system: You are a helpful assistant.
user:
Analyze the provided spectrum to determine if it is a **S-type Star**.

- **Key Indicators for S-type Star:**

    - **(Overall Spectrum Shape):** The first and most obvious characteristic is the overall continuum (the "baseline" shape). It is **extremely "red-sloping,"** meaning the flux (light intensity) is very low on the left side (blue, ~4000-4500 Å) and rises steeply and continuously toward the right side (red, ~7000 Å+).

    - **(Primary):** The spectrum is defined by the presence of strong, broad molecular absorption "valleys" (bands) from **Zirconium Oxide (ZrO)**. The identification of these bands is the **primary requirement** for classifying a star as S-type.
        - **(Key Bandheads):** You must find distinct, deep "dips" where the light has been absorbed. The most critical band systems to locate are:
            - **~6474 Å** ($\gamma$-system): This is often the strongest and clearest ZrO feature, found in the red part of the spectrum.
            - **~5718 Å** & **~5551 Å** ($\beta$-system): A pair of prominent absorption features in the yellow-orange part of the spectrum.
            - **~4640 Å** ($\alpha$-system): A key absorption band system in the blue-green region of the spectrum.

    - **(Secondary Confirmation):** The classification is strengthened by finding additional absorption bands from other related heavy element oxides, which are expected to be present alongside ZrO.
        - **(Key Bandheads):**
            - **Yttrium Oxide (YO):** Look for absorption dips near **~4800 Å** and **~6100 Å**.
            - **Lanthanum Oxide (LaO):** Additional absorption features, particularly in the red-orange part of the spectrum, are also characteristic.

    - **(Line Profile):** The combination of the steep red continuum and these numerous, deep molecular bands (ZrO, YO, etc.) gives the entire spectrum a very **"chopped-up"** or **"bumpy"** appearance. Instead of a smooth curve, the spectrum looks as though large, wide chunks of light have been "carved out" of it at the specific wavelengths listed above.

Think first, call **spectral_visualization_tool** if needed to examine features in detail, then provide your final answer. Your response must adhere to the following strict rules:
1.  **Overall Structure:** Your response must follow the format `<think>...</think> <tool_call>...</tool_call> (if a tool is used) <answer>...</answer>`.
2.  **Tool Usage Constraint:** You may only make **one** tool call per turn.
3.  **Final Answer Format:** In the `<answer>` tag, your conclusion must be inside a `\boxed{}` command (e.g., `\boxed{YES}` or `\boxed{NO}`), followed by your justification.

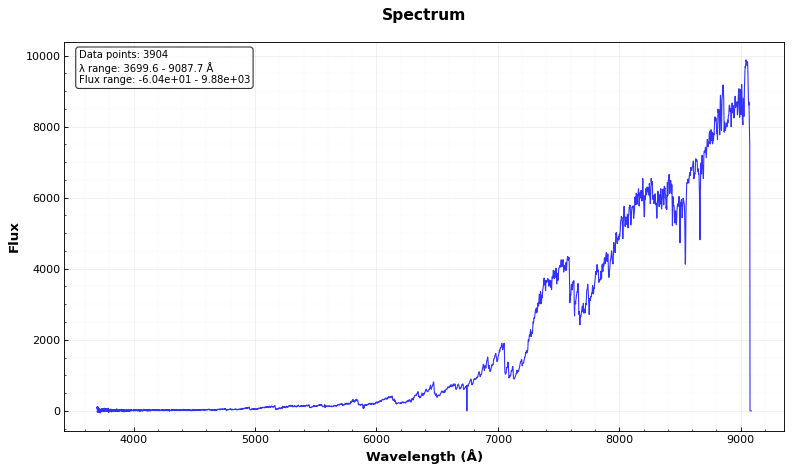
Answer: YES